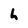
Character: h